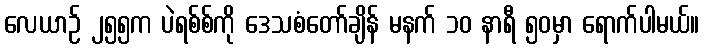
လေယာဉ် ၂၅၅က ပဲရစ်စ်ကို ဒေသစံတော်ချိန် မနက် ၁၀ နာရီ ၅၀မှာ ရောက်ပါမယ်။